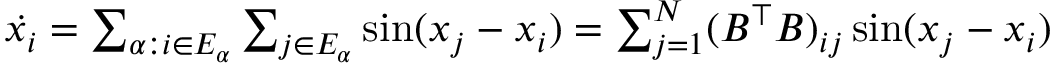
\begin{array} { r } { \dot { x _ { i } } = \sum _ { \alpha : i \in E _ { \alpha } } \sum _ { j \in E _ { \alpha } } \sin ( x _ { j } - x _ { i } ) = \sum _ { j = 1 } ^ { N } ( B ^ { \top } B ) _ { i j } \sin ( x _ { j } - x _ { i } ) } \end{array}